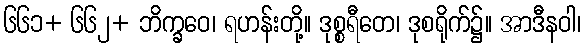
၆၆၁+ ၆၆၂+ ဘိက္ခဝေ၊ ရဟန်းတို့။ ဒုစ္စရီတေ၊ ဒုစရိုက်၌။ အာဒီနဝါ၊